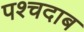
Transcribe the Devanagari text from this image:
पश्चदाब